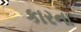
કારના